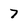
Character: 7